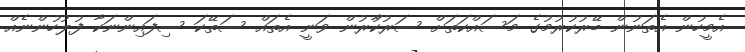
އެމީހުން އެތަނުން ބޭރުކުރުމުގެ މަސައްކަތަށް ސަރުކާުރުން ވަނީ އެތައް ސަތޭކަ ސިފައިންނަކާ ފުލުހުންނެއް